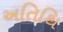
અતિથિ